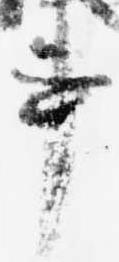
事